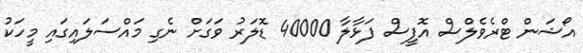
އޯޝަން ޓްރެވެލްސް އޮފީސް ފަޅާލާ 40000 ޑޮލަރު ވަގަށް ނެގި މައްސަލައިގައި މީހަކު